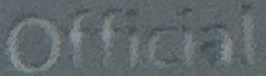
Official